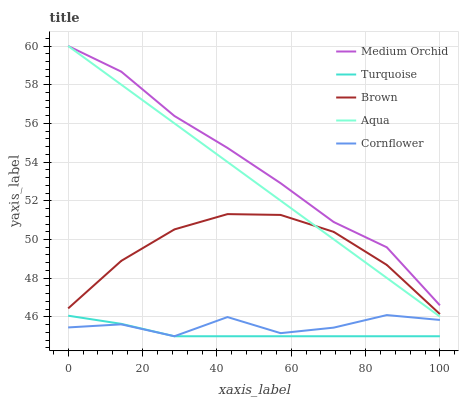
| xaxis_label | Medium Orchid | Turquoise | Brown | Aqua | Cornflower |
 | --- | --- | --- | --- | --- | --- |
 | 0 | 60 | 46.1 | 46.4 | 60 | 45.5 |
 | 14.3 | 58.7 | 45.6 | 48.9 | 58 | 45.6 |
 | 28.6 | 56.4 | 45 | 50.5 | 56 | 45 |
 | 42.9 | 54.7 | 45 | 51.3 | 54 | 46 |
 | 57.1 | 52.9 | 45 | 51.3 | 52 | 45.2 |
 | 71.4 | 50.9 | 45 | 50.4 | 50 | 45.4 |
 | 85.7 | 49.6 | 45 | 48.7 | 48 | 46.1 |
 | 100 | 46.6 | 45 | 46.1 | 46 | 45.8 |